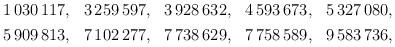
\begin{align*}\begin{aligned}1\,030\,117 &,& 3\,259\,597 &,& 3\,928\,632 &,& 4\,593\,673 &,& 5\,327\,080, \\5\,909\,813 &,& 7\,102\,277 &,& 7\,738\,629 &,& 7\,758\,589 &,& 9\,583\,736, \end{aligned}\end{align*}